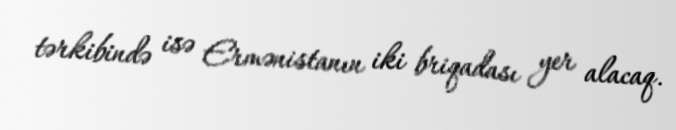
tərkibində isə Ermənistanın iki briqadası yer alacaq.